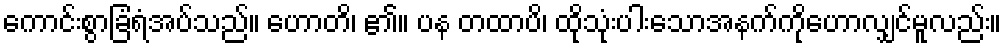
ကောင်းစွာခြံရံအပ်သည်။ ဟောတိ၊ ၏။ ပန တထာပိ၊ ထိုသုံးပါးသောအနက်ကိုဟောလျှင်မူလည်း။